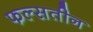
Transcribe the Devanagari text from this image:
फल्सतीन